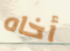
أخاه